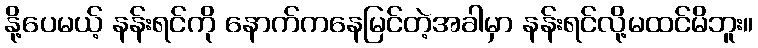
နို့ပေမယ့် နန်းရင်ကို နောက်ကနေမြင်တဲ့အခါမှာ နန်းရင်လို့မထင်မိဘူး။